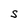
Character: S